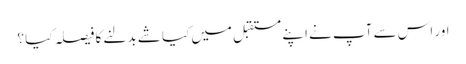
اور اس سے آپ نے اپنے مستقبل میں کیا شے بدلنے کا فیصلہ کیا ؟